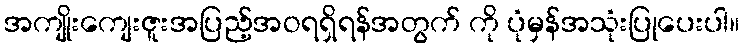
အကျိုးကျေးဇူးအပြည့်အဝရရှိရန်အတွက် ကို ပုံမှန်အသုံးပြုပေးပါ။